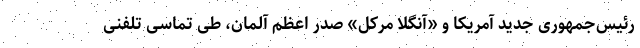
رئیس‌جمهوری جدید آمریکا و «آنگلا مرکل» صدر اعظم آلمان، طی تماسی تلفنی